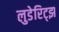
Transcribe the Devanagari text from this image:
लुडेरिट्झ